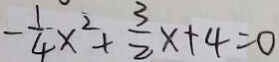
- \frac { 1 } { 4 } x ^ { 2 } + \frac { 3 } { 2 } x + 4 = 0